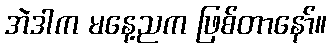
အဲဒါက မနေ့ညက ဖြစ်တာနော်။